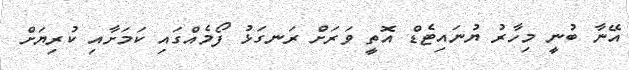
އޭނާ ބުނީ މިހާރު ޔުނައިޓެޑް އޮތީ ވަރަށް ރަނގަޅު ފޯމެއްގައި ކަމަށާއި ކުރިޔަށް